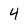
Character: 4